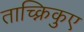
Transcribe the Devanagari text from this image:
ताच्क्निकुए